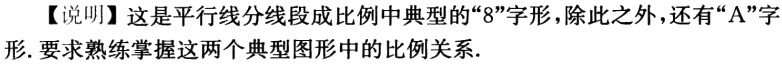
【说明】这是平行线分线段成比例中典型的“8”字形，除此之外，还有“A”字形. 要求熟练掌握这两个典型图形中的比例关系.